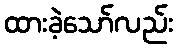
ထားခဲ့သော်လည်း